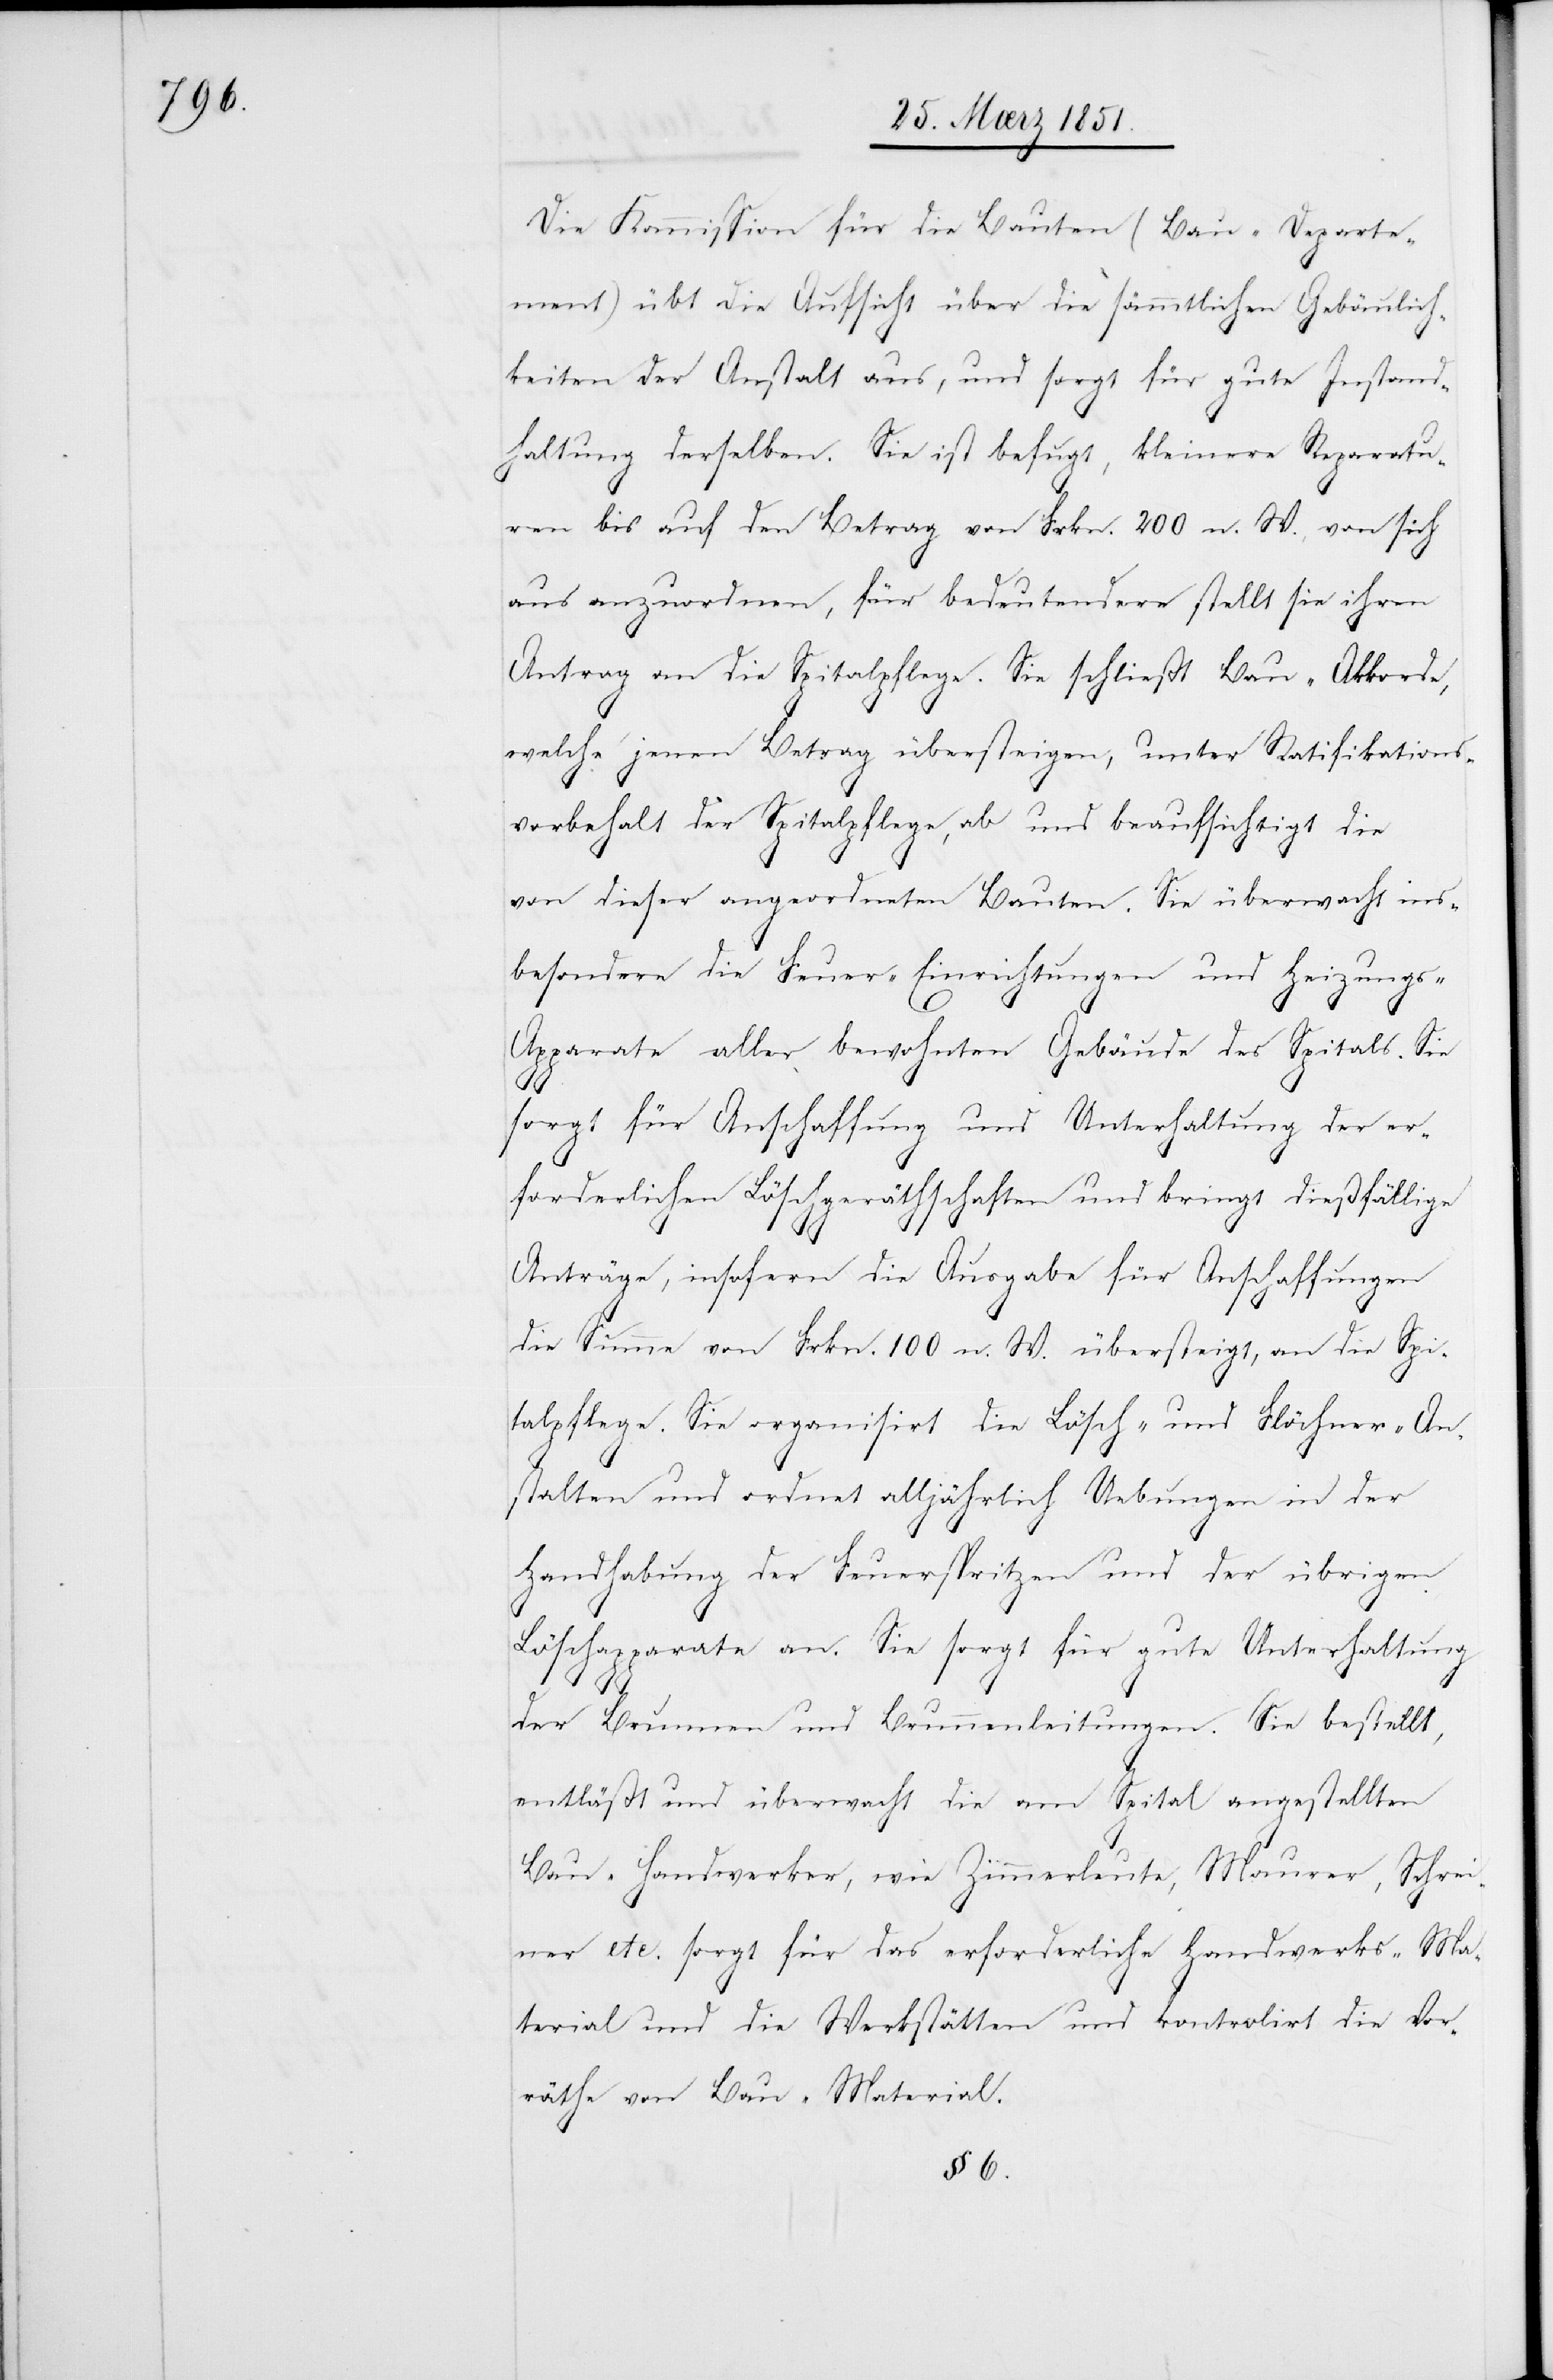
Die Kommission für die Bauten (Bau-Departe¬
ment) übt die Aufsicht über die sämmtlichen Gebäulich¬
keiten der Anstalt aus, und sorgt für gute Instand¬
haltung derselben. Sie ist befugt, kleinere Reparatu¬
ren bis auf den Betrag von Frkn. 200 n. W., von sich
aus anzuordnen, für bedeutendere stellt sie ihren
Antrag an die Spitalpflege. Sie schließt Bau-Akkorde,
welche jenen Betrag übersteigen, unter Ratifikations¬
vorbehalt der Spitalpflege, ab und beaufsichtigt die
von dieser angeordneten Bauten. Sie überwacht ins¬
besondere die Feuer-Einrichtungen und Heizungs-A¬
pparate aller bewohnten Gebäude des Spitals. Sie
sorgt für Anschaffung und Unterhaltung der er¬
forderlichen Löschgeräthschaften und bringt dießfällige
Anträge, insofern die Ausgabe für Anschaffungen
die Summe von Frkn. 100 n. W. übersteigt, an die Spi¬
talpflege. Sie organisirt die Lösch- und Flöchner-An¬
stalten und ordnet alljährlich Uebungen in der
Handhabung der Feuerspritzen und der übrigen
Löschapparate an. Sie sorgt für gute Unterhaltung
der Brunnen und Brunnenleitungen. Sie bestellt,
entläßt und überwacht die am Spital angestellten
Bau-Handwerker, wie Zimmerleute, Maurer, Schrei¬
ner etc. sorgt für das erforderliche Handwerks-Ma¬
terial und die Werkstätten und kontrolirt die Vor¬
räthe von Bau-Material.
§ 6.